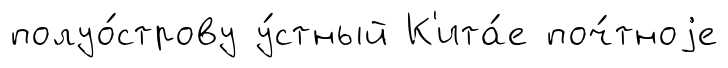
полуо́строву у́стный К'ита́е поч́тноjе